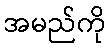
အမည်ကို